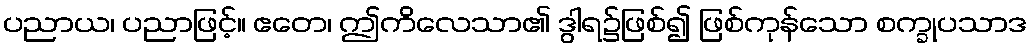
ပညာယ၊ ပညာဖြင့်။ ဧတေ၊ ဤကိလေသာ၏ ဒွါရ၌ဖြစ်၍ ဖြစ်ကုန်သော စက္ခုပသာဒ